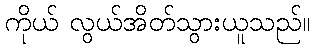
ကိုယ် လွယ်အိတ်သွားယူသည်။